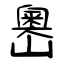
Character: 嶴